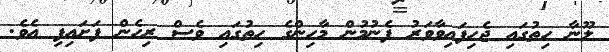
ލޫނާ ހިތުގައި ޖެހިފައިވާވަރު ފެނުމުން މާހިންގެ ހިތުގައި ވެސް ރިހެން ފަށައިފި އެވެ.